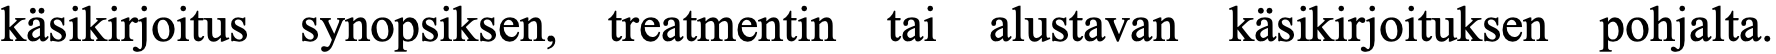
käsikirjoitus synopsiksen, treatmentin tai alustavan käsikirjoituksen pohjalta.